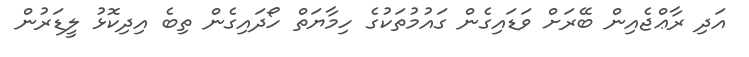
އަދި ރާޢްޖެއިން ބޭރަށް ވަޑައިގެން ގައުމުތަކުގެ ހިމާޔަތް ހޯދައިގެން ތިބެ އިދިކޮޅު ލީޑަރުން